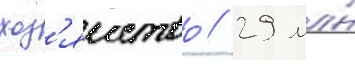
хоз'яиство / 29 млн